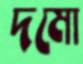
দমো